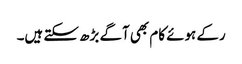
رکے ہوئے کام بھی آگے بڑھ سکتے ہیں۔